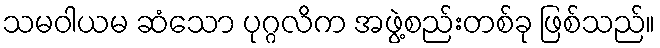
သမဝါယမ ဆံသော ပုဂ္ဂလိက အဖွဲ့စည်းတစ်ခု ဖြစ်သည်။